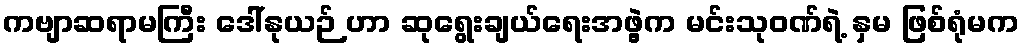
ကဗျာဆရာမကြီး ဒေါ်နုယဉ် ဟာ ဆုရွေးချယ်ရေးအဖွဲ့က မင်းသုဝဏ်ရဲ့ နှမ ဖြစ်ရုံမက